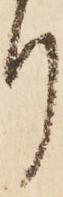
リ